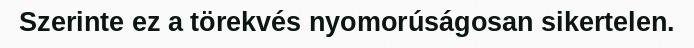
Szerinte ez a törekvés nyomorúságosan sikertelen.